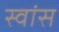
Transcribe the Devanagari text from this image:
स्वांस